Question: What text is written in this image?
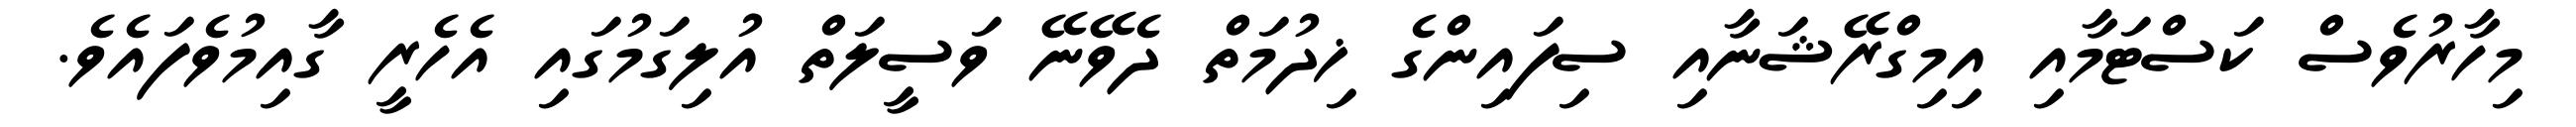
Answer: މިހާރުވެސް ކަސްޓަމާއި އިމިގްރޭޝަނާއި ސިފައިންގެ ޚިދުމަތް ދެވޭނޭ ވަސީލަތް އުލިގަމުގައި އެހެރީ ގާއިމުވެފައެވެ.